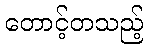
တောင့်တသည့်